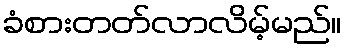
ခံစားတတ်လာလိမ့်မည်။